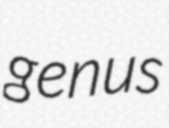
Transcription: genus